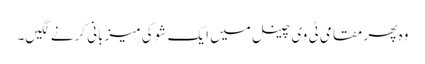
وہ پھر مقامی ٹی وی چینل میں ایک شو کی میزبانی کرنے لگیں۔